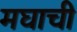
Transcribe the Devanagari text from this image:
मघाची